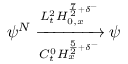
\psi ^ { N } \xrightarrow [ C _ { t } ^ { 0 } H _ { x } ^ { \frac { 5 } { 2 } + \delta ^ { - } } ] { L _ { t } ^ { 2 } H _ { 0 , x } ^ { \frac { 7 } { 2 } + \delta ^ { - } } } \psi